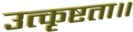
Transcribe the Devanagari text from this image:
उत्कृष्टता॥